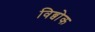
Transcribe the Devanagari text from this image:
विब्वोक